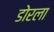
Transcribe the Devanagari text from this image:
डोरला